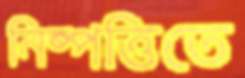
নিষ্পত্তিতে